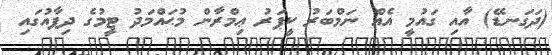
(ދަގަނޑޭ) އާއި ގައުމީ އެއް ނަމްބަރު ކީޕަރު ޢިމްރާން މުޙައްމަދު ޓީމުގެ ދިފާއުގައި